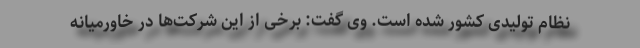
نظام تولیدی کشور شده است. وی گفت: برخی از این شرکت‌ها در خاورمیانه